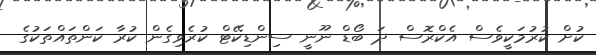
ކުށް ކުރުމަކީވެސް އެކްރޮސް ދަ ބޯޑް ނޫނީ ސިންޑިކޭޓް ކުރެވިގެން ކުރާ ކަންތައްތަކުގެ